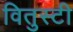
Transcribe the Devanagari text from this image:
वितुस्टी